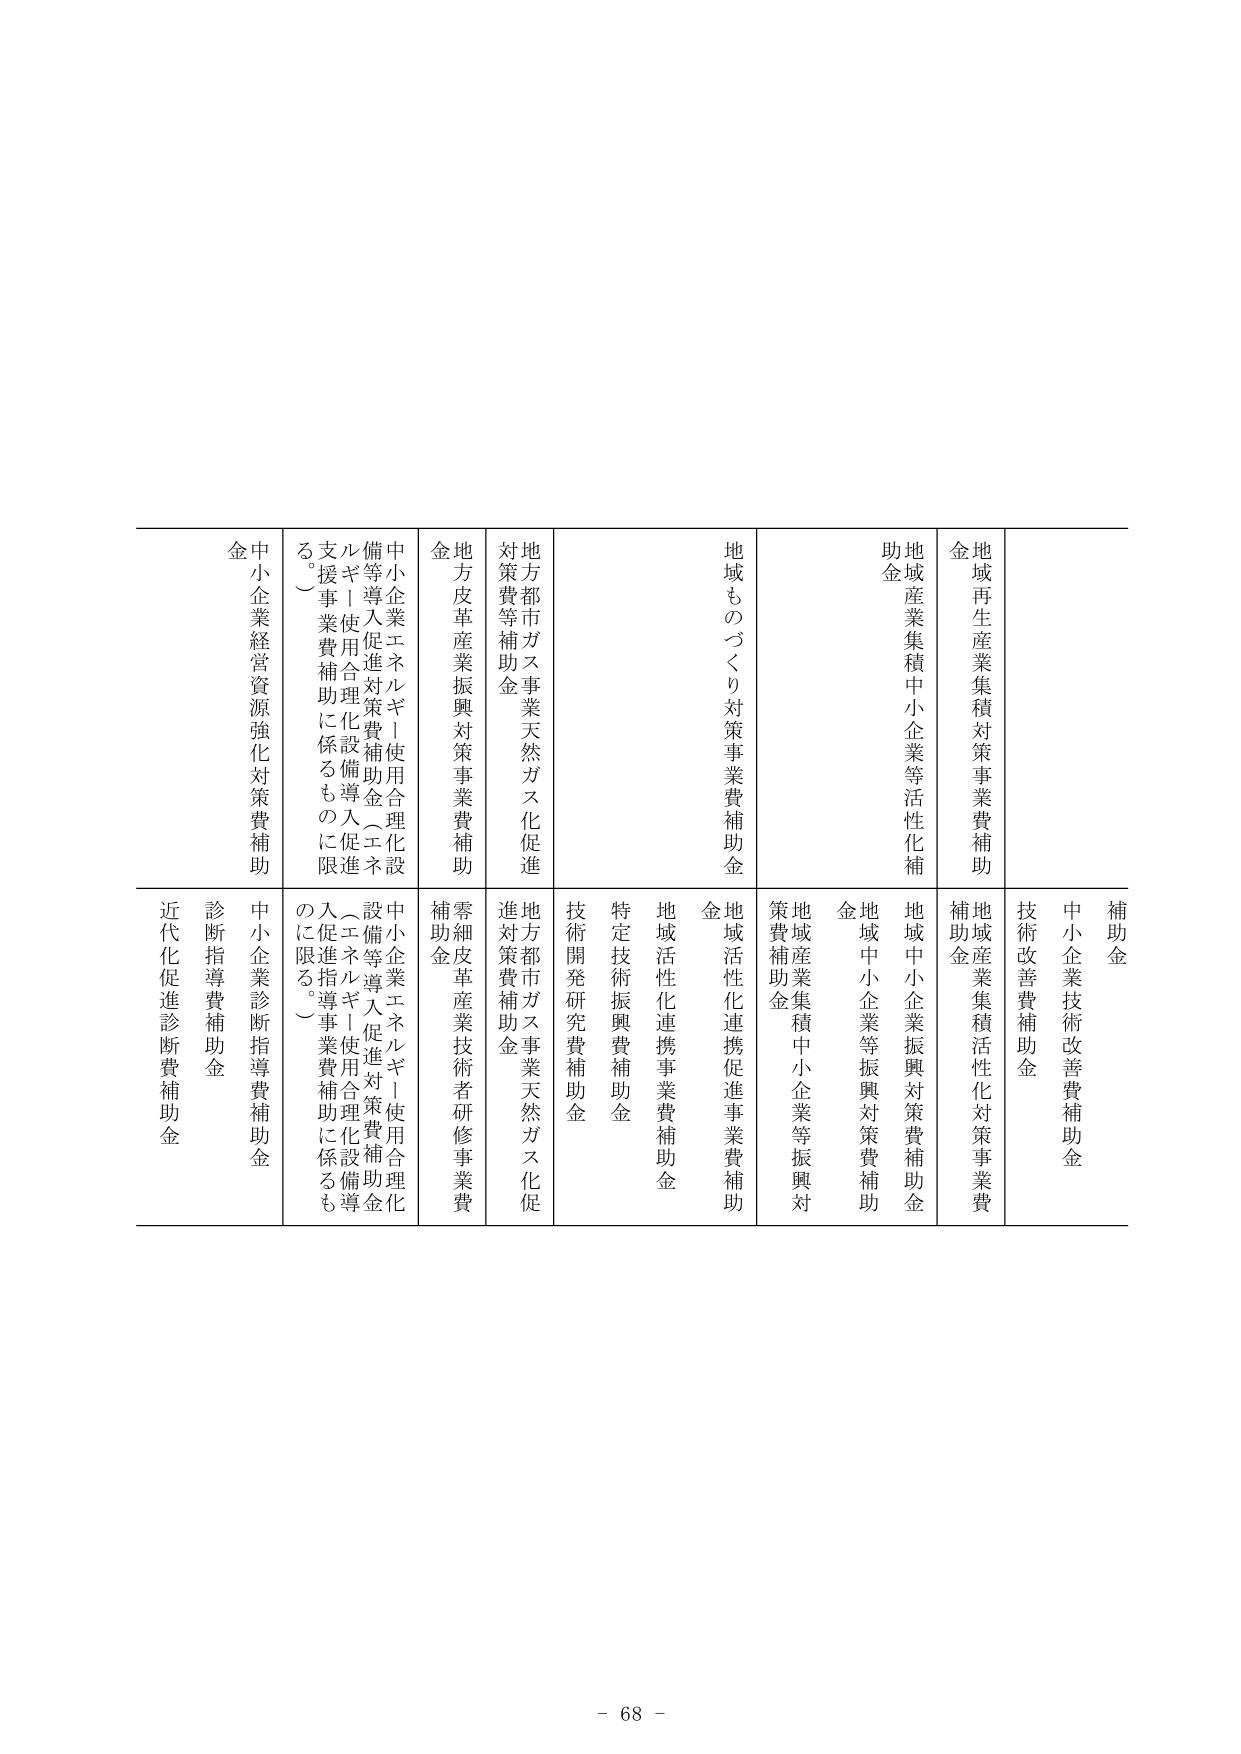
補助金
中小企業技術改善費補助金
技術改善費補助金
地域再生産業集積対策事業費補助金
地域産業集積活性化対策事業費補助金
地域産業集積中小企業等活性化補助金
地域中小企業振興対策費補助金
地域中小企業等振興対策費補助金
地域産業集積中小企業等振興対策費補助金
地域ものづくり対策事業費補助金
地域活性化連携促進事業費補助金
地域活性化連携事業費補助金
特定技術振興費補助金
技術開発研究費補助金
地方都市ガス事業天然ガス化促進対策費等補助金
地方都市ガス事業天然ガス化促進対策費補助金
地方皮革産業振興対策事業費補助金
零細皮革産業技術者研修事業費補助金
中小企業エネルギー使用合理化設備等導入促進対策費補助金（エネルギー使用合理化設備導入促進支援事業費補助に係るものに限る。）
中小企業エネルギー使用合理化設備等導入促進対策費補助金（エネルギー使用合理化設備導入促進指導事業費補助に係るものに限る。）
中小企業経営資源強化対策費補助金
中小企業診断指導費補助金
診断指導費補助金
近代化促進診断費補助金

- 68 -